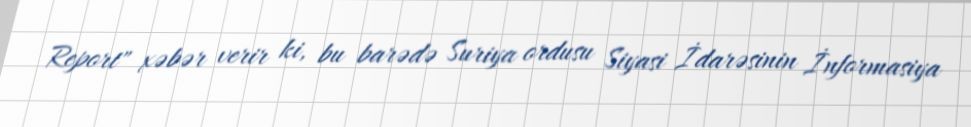
Report" xəbər verir ki, bu barədə Suriya ordusu Siyasi İdarəsinin İnformasiya